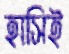
হাসিই